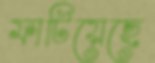
ফাটিয়েছে